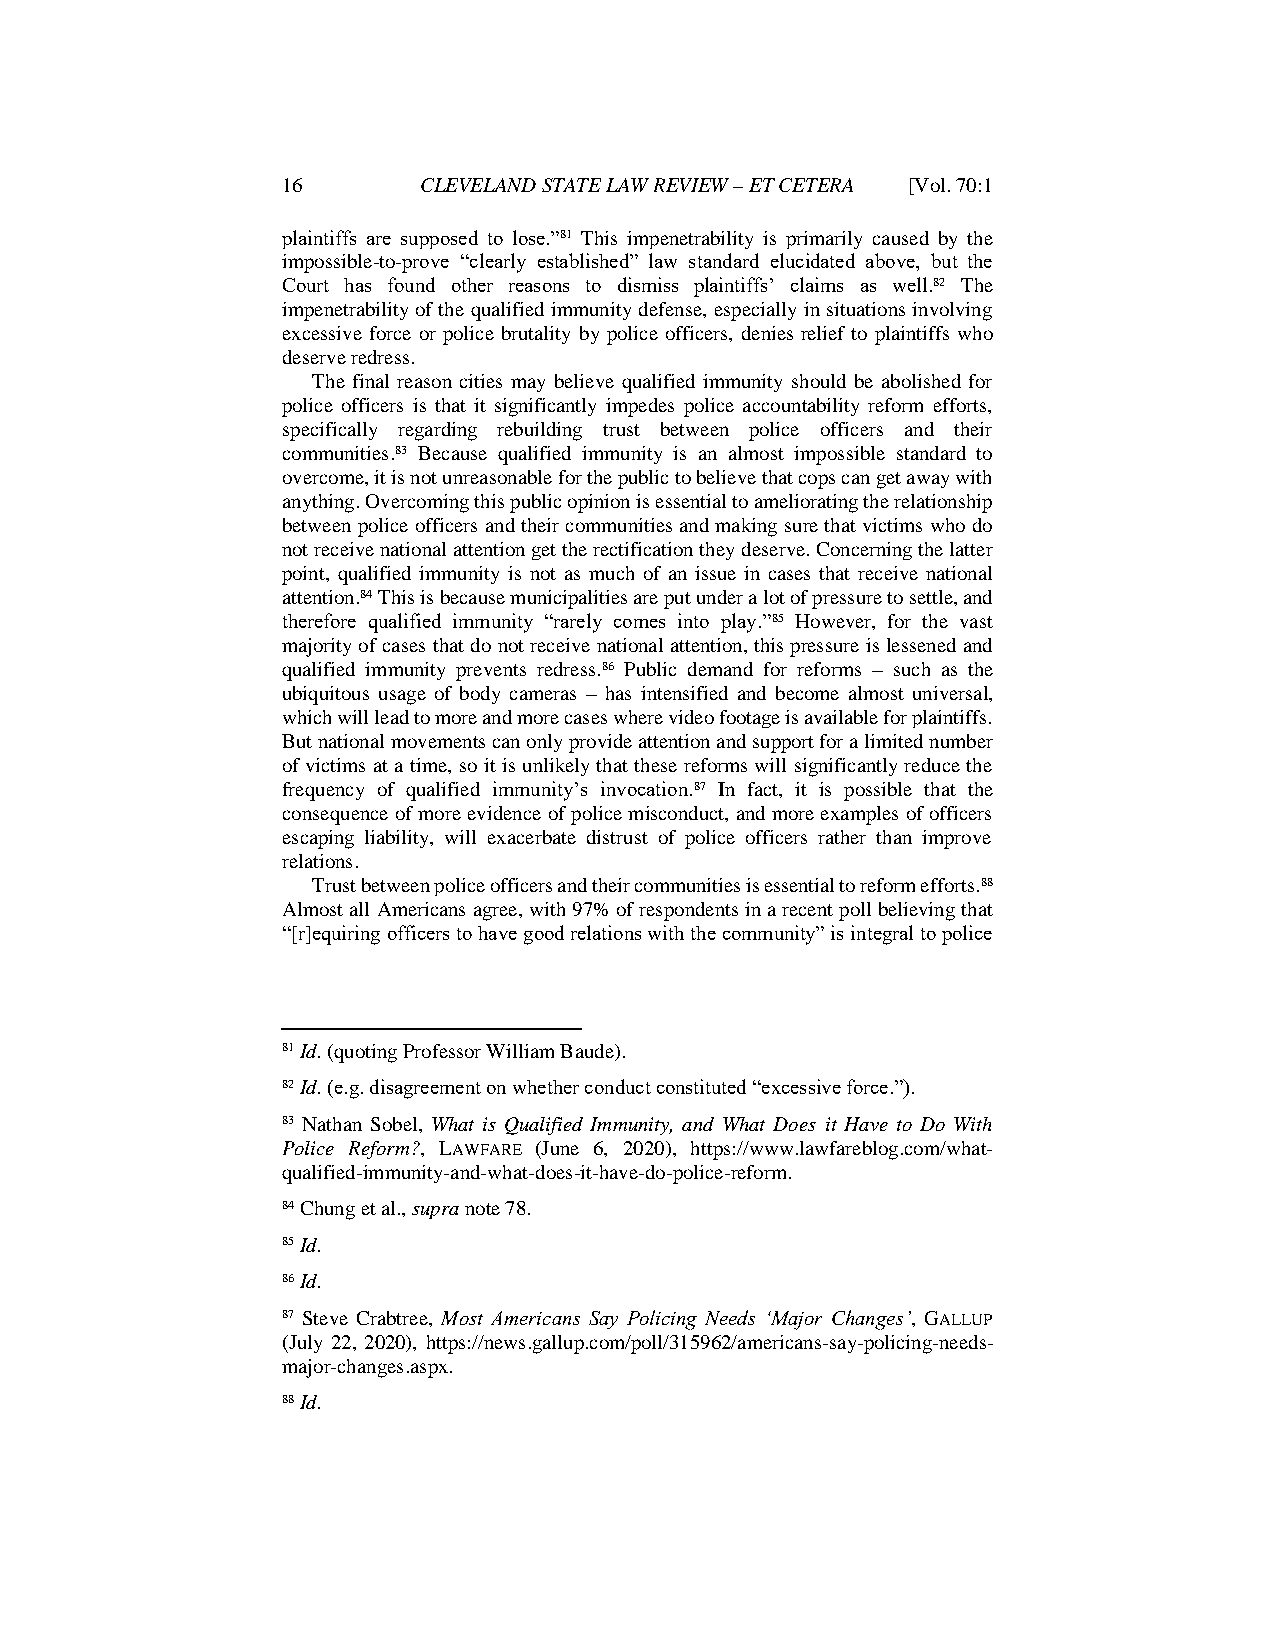
16       CLEVELAND STATE LAW REVIEW – ET CETERA [Vol. 70:1
 plaintiffs are supposed to lose.”81 This impenetrability is primarily caused by the
 impossible-to-prove “clearly established” law standard elucidated above, but the
 Court has found other reasons to dismiss plaintiffs’ claims as well.82 The
 impenetrability of the qualified immunity defense, especially in situations involving
 excessive force or police brutality by police officers, denies relief to plaintiffs who
 deserve redress.
 The final reason cities may believe qualified immunity should be abolished for
 police officers is that it significantly impedes police accountability reform efforts,
 specifically regarding rebuilding trust between police officers and their
 communities.83 Because qualified immunity is an almost impossible standard to
 overcome, it is not unreasonable for the public to believe that cops can get away with
 anything. Overcoming this public opinion is essential to ameliorating the relationship
 between police officers and their communities and making sure that victims who do
 not receive national attention get the rectification they deserve. Concerning the latter
 point, qualified immunity is not as much of an issue in cases that receive national
 attention.84 This is because municipalities are put under a lot of pressure to settle, and
 therefore qualified immunity “rarely comes into play.”85 However, for the vast
 majority of cases that do not receive national attention, this pressure is lessened and
 qualified immunity prevents redress.86 Public demand for reforms – such as the
 ubiquitous usage of body cameras – has intensified and become almost universal,
 which will lead to more and more cases where video footage is available for plaintiffs.
 But national movements can only provide attention and support for a limited number
 of victims at a time, so it is unlikely that these reforms will significantly reduce the
 frequency of qualified immunity’s invocation.87 In fact, it is possible that the
 consequence of more evidence of police misconduct, and more examples of officers
 escaping liability, will exacerbate distrust of police officers rather than improve
 relations.
 Trust between police officers and their communities is essential to reform efforts.88
 Almost all Americans agree, with 97% of respondents in a recent poll believing that
 “[r]equiring officers to have good relations with the community” is integral to police
 81 Id. (quoting Professor William Baude).
 82 Id. (e.g. disagreement on whether conduct constituted “excessive force.”).
 83 Nathan Sobel, What is Qualified Immunity, and What Does it Have to Do With
 Police Reform?, LAWFARE (June 6, 2020), https://www.lawfareblog.com/what-
 qualified-immunity-and-what-does-it-have-do-police-reform.
 84 Chung et al., supra note 78.
 85 Id.
 86 Id.
 87 Steve Crabtree, Most Americans Say Policing Needs ‘Major Changes’, GALLUP
 (July 22, 2020), https://news.gallup.com/poll/315962/americans-say-policing-needs-
 major-changes.aspx.
 88 Id.